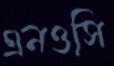
এনওসি